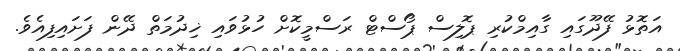
އަތޮޅު ފޭދޫގައި ގާއިމްކުރި ޕޮލިސް ޕޯސްޓް ރަސްމީކޮށް ހުޅުވައި ޚިދުމަތް ދޭން ފަށައިފިއެވެ.